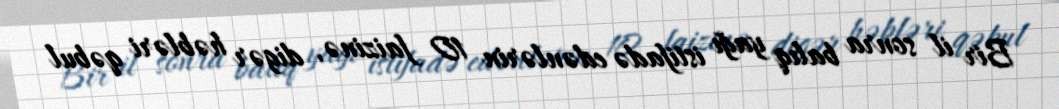
Bir il sonra balıq yağı istifadə edənlərin 10 faizinə, digər həbləri qəbul